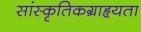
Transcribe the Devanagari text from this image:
सांस्कृतिकग्राहृयता